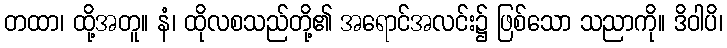
တထာ၊ ထို့အတူ။ နံ၊ ထိုလစသည်တို့၏ အရောင်အလင်း၌ ဖြစ်သော သညာကို။ ဒိဝါပိ၊